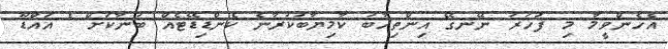
އެހެންވީމާ މި ފަހަރު ނޭނގޭ އިންތިހާބު ކާމިޔާބުކުރާނެ ކެންޑިޑޭޓެއް ބުނާކަށް " އައްޑޫ